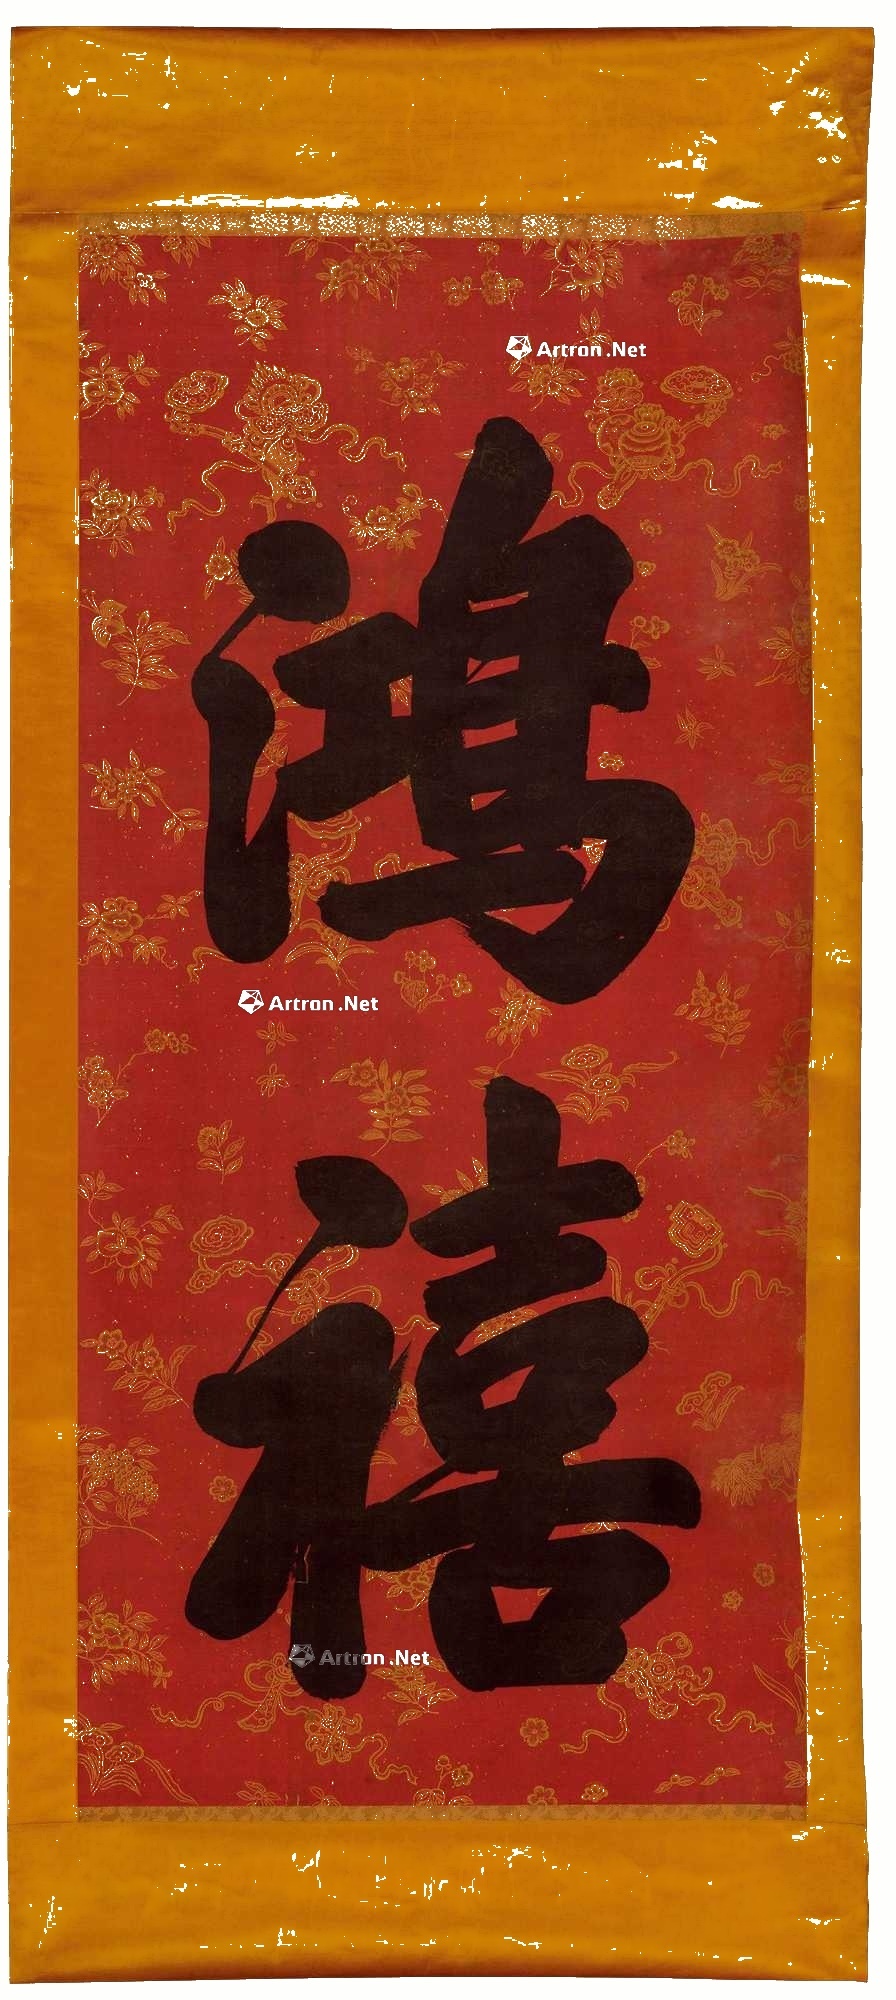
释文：鸿禧。